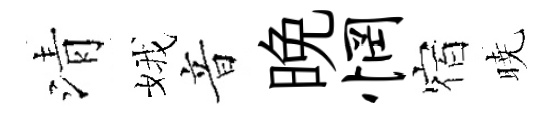
清娥音晩惘宿暁